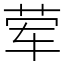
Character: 荤